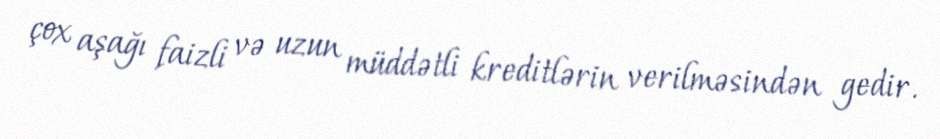
çox aşağı faizli və uzun müddətli kreditlərin verilməsindən gedir.